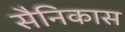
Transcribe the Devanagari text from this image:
सैनिकास